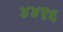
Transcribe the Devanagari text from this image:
४४१६